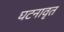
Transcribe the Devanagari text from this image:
घटनावृत